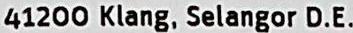
41200 KLANG, SELANGOR D.E.